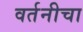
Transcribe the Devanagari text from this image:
वर्तनीचा